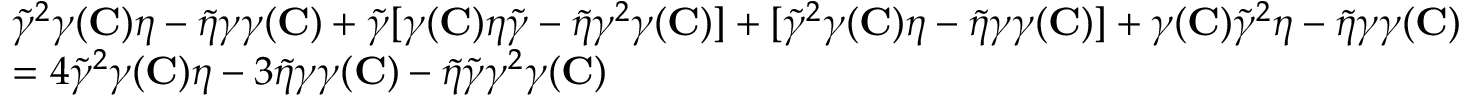
\begin{array} { r l } & { \widetilde { \gamma } ^ { 2 } \gamma ( { \mathbf { C } } ) \eta - \widetilde { \eta } \gamma \gamma ( { \mathbf { C } } ) + \widetilde { \gamma } [ \gamma ( { \mathbf { C } } ) \eta \widetilde { \gamma } - \widetilde { \eta } \gamma ^ { 2 } \gamma ( { \mathbf { C } } ) ] + [ \widetilde { \gamma } ^ { 2 } \gamma ( { \mathbf { C } } ) \eta - \widetilde { \eta } \gamma \gamma ( { \mathbf { C } } ) ] + \gamma ( { \mathbf { C } } ) \widetilde { \gamma } ^ { 2 } \eta - \widetilde { \eta } \gamma \gamma ( { \mathbf { C } } ) } \\ & { = 4 \widetilde { \gamma } ^ { 2 } \gamma ( { \mathbf { C } } ) \eta - 3 \widetilde { \eta } \gamma \gamma ( { \mathbf { C } } ) - \widetilde { \eta } \widetilde { \gamma } \gamma ^ { 2 } \gamma ( { \mathbf { C } } ) } \end{array}